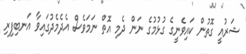
ޝަރުއީ ގޮތުން ކައިވެނީގެ ގުޅުމުގެ ނަން ދެމި އޮތް ނަމަވެސް އެދެމެދުގައިވާ އަނބިފިރި